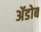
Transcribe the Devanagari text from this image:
ॲडोब